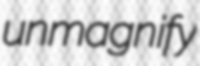
unmagnify